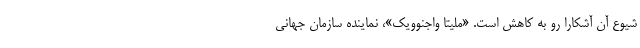
شیوع آن آشکارا رو به کاهش است. «ملیتا واجنوویک»، نماینده سازمان جهانی